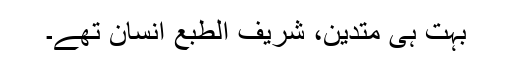
بہت ہی متدیّن، شریف الطبع انسان تھے۔